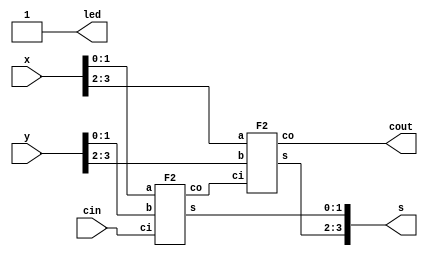
module exp2(s,cout,led,x,y,cin);//4-bits[i
 input [3:0]x,y;//J4-bits@8[x[0]~x[3],y[0]~y[3]
 input cin;//t@Jicin
 output [3:0]s;//X4-bitsMs[0]~s[3]
 output cout,led;//t@Xicout
 wire k;//4-bits[q|@usP
 F2 z3(s[1:0],k,x[1:0],y[1:0],cin);//2-bits[F2 s[0]~s[1],jXFx[0]~x[1],y[0]~y[1],ciJ
 F2 z4(s[3:2],cout,x[3:2],y[3:2],k);//A@2-bits[F2 s[2]~s[3],jXFx[2]~x[3],y[2]~y[3],ciJ
 assign led=1'b1;//led12i
endmodule //4-bits[

module F2(s,co,a,b,ci);//2-bits[i
 input [1:0]a,b;//J2-bits@|[a[0],a[1],b[0],b[1]
 input ci;//t@Jici
 output [1:0]s;//X2-bitsMs[0],[1]
 output co;//t@Xico
 wire j;//2-bits[q|@usP
 F1 z1(s[0],j,a[0],b[0],ci);//1-bit[F1 s[0],jXFa[0],b[0],ciJ
 F1 z2(s[1],co,a[1],b[1],j);//A@1-bit[F1 s[1],coXFa[1],b[1],jJ
endmodule //2-bits[

module F1(s,cout,a,b,cin);//1-bit[i
 input a,b,cin;//J[a bMicin
 output s,cout;//XMsMicout
 wire g,h,i;// 1-bit[q|TusPh
 xor x1(g,a,b);//hXORAJa bFXg
 and a1(h,a,b);//hANDAJa bFXh
 xor x2(s,g,cin);//hXORAJg cinFXs
 and a2(i,g,cin);//hANDAJg cinFXi
 xor x3(cout,i,h);//hXORAJi hFXcout
endmodule //1-bit[